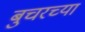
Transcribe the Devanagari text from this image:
बुचरच्या